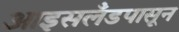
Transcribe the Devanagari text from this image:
आइसलँडपासून